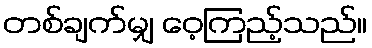
တစ်ချက်မျှ ဝေ့ကြည့်သည်။